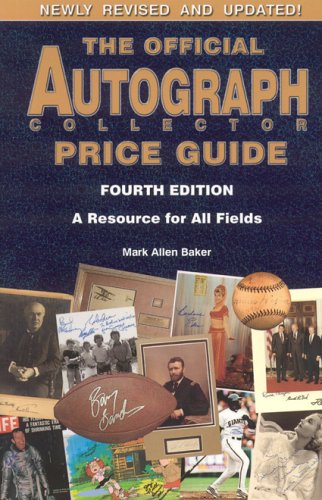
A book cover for The Official Autograph Collector Price Guide; Mark Allen Baker; Crafts, Hobbies & Home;